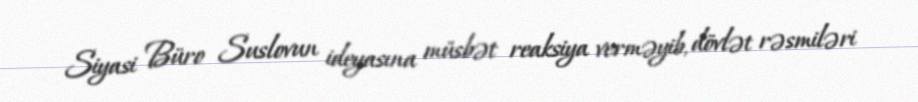
Siyasi Büro Suslovun ideyasına müsbət reaksiya verməyib, dövlət rəsmiləri